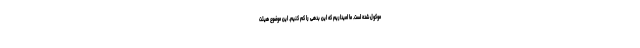
موکول شده است. ما امیداریم که این بدهی را کم کنیم. این موضوع هیئت